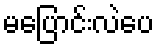
မပြောင်းလဲပေ